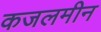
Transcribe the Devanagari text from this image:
कजलमीन